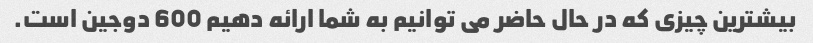
بیشترین چیزی که در حال حاضر می توانیم به شما ارائه دهیم 600 دوجین است.